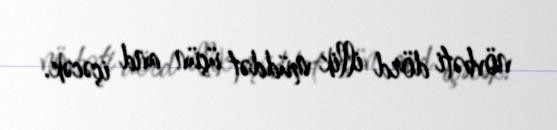
növbəti dörd illik müddət üçün and içəcək.